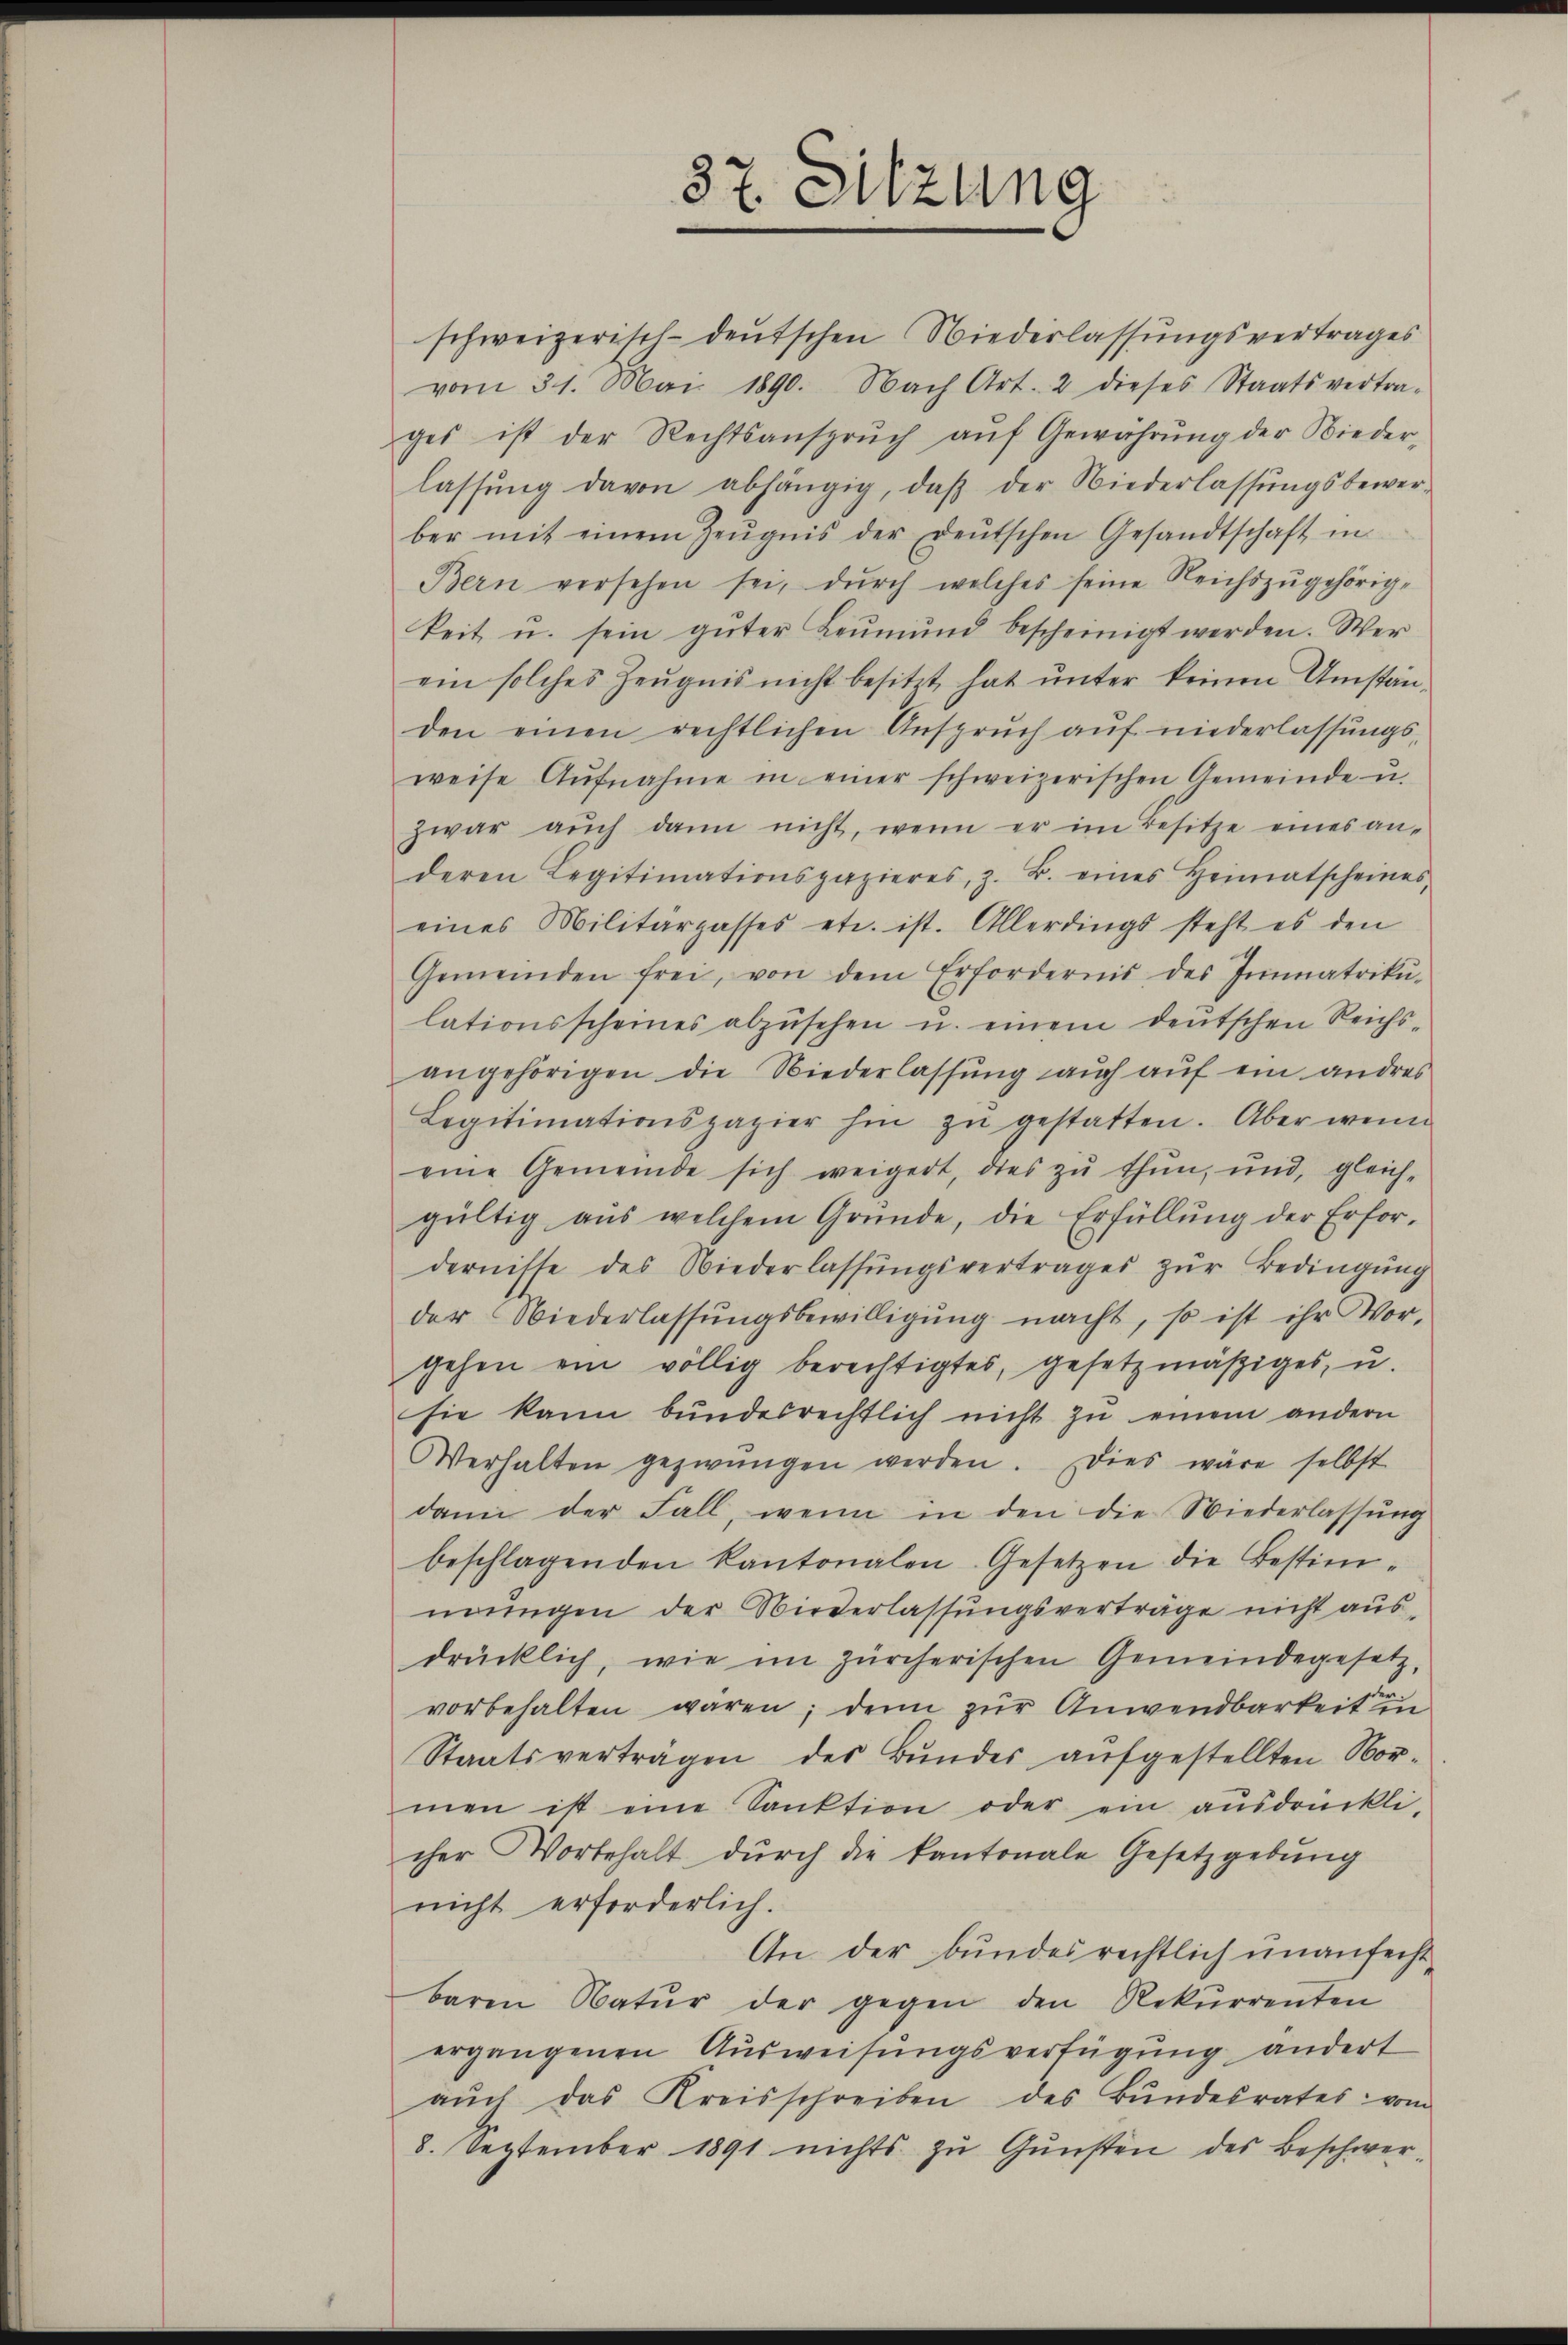
schweizerisch-deutschen Niederlassungsvertrages
vom 31. Mai 1890. Nach Art. 2 dieses Staatsvertra-
ges ist der Rechtsansprŭch aŭf Gewährŭng der Nieder-
lassŭng davon abhängig, daβ der Niederlassŭngsbewerber mit einem Zeŭgnis der deŭtschen Gesandtschaft in
Bern versehen sei, dŭrch welches seine Reichszŭgehörig-
keit u. sein güter Leŭmŭnd bescheinigt werden. Wer
ein solches Zeugnis nicht besitzt hat unter keinen Umständen einen rechtlichen Ansprŭch aŭf niederlassŭngs-
weise Aŭfnahme in einer schweizerischen Gemeinde u.
zwar aŭch dann nicht, wenn er im Besitze eines an-
deren Legitimationspazieres, z. B. eines Heimatscheines,
eines Militärpasses etc. ist. Allerdings steht es den
Gemeinden frei, von dem Erfordernis des Immatrikŭ-
lationsscheines abzŭsehen u. einem deŭtschen Reichs-
angehörigen die Niederlassung auch auf ein anderes
Legitimationspazier hin zŭ gestatten. Aber wenn
eine Gemeinde sich weigert, dies zŭ thŭn, und, gleich-
gültig aus welchem Gründe, die Erfüllŭng der Erfor-
dernisse des Niederlassŭngsvertrages zŭr Bedingŭng
der Wiederlassŭngsbewilligŭng macht, so ist ihr Vor-
gehen ein völlig berechtigtes, gesetzmäßiges, u.
sie kann bundesrechtlich nicht zu einem andern
Verhalten gezwungen werden. Dies wäre selbst
dann der Fall, wenn in den die Wiederlassŭng
beschlagenden Kantonalen Gesetzen die Bestim-
mungen der Niederlassungsverträge nicht ausdrücklich, wie im zürcherischen Gemeindegesetz,
vorbehalten waren; denn zŭr Anwendbarkeit in
Staatsverträgen des Bundes aufgestellten Nor-
men ist eine Sanktion oder ein aŭsdrückli-
cher Vorbehalt dŭrch die Kantonale Gesetzgebŭng
nicht erforderlich.
An der bundesrechtlich unanfechtbaren Natŭr der gegen den Rekŭrrenten
ergangenen Ausweisungsverfügung ändert
aŭch das Kreisschreiben des Bŭndesrates vom
8. September 1891 nichts zŭ Gŭnsten des Beschwer-

37. Sitzung